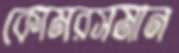
কোমরসমান